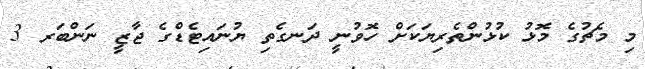
މި މެޗުގެ މޮޅު ކުޅުންތެރިޔަކަށް ހޮވުނީ ދަނގެތި ޔުނައިޓެޑްގެ ޖާޒީ ނަންބަރ 3